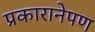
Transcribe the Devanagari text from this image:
प्रकारानेपण